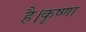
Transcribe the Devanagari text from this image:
है।कृष्णा